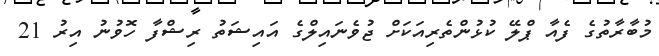
މުބާރާތުގެ ފެއާ ޕްލޭ ކުޅުންތެރިއަކަށް ޖުވެނައިލްގެ އައިޝަތު ރިޝްފާ ހޮވުނު އިރު 21